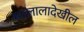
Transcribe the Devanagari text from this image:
मल्लालादेखील